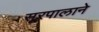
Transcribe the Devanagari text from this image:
सूरपालाने